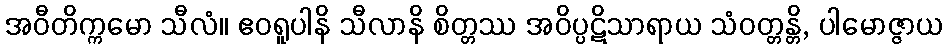
အဝီတိက္ကမော သီလံ။ ဧဝရူပါနိ သီလာနိ စိတ္တဿ အဝိပ္ပဋိသာရာယ သံဝတ္တန္တိ, ပါမောဇ္ဇာယ